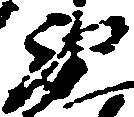
衛